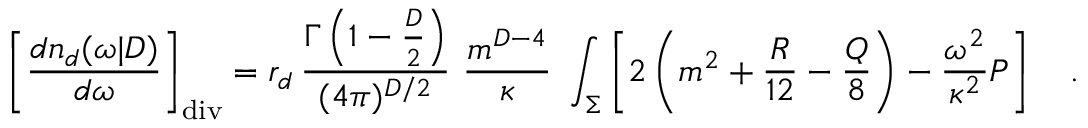
\left[ { \frac { d n _ { d } ( \omega | D ) } { d \omega } } \right] _ { \tiny \mathrm { d i v } } = r _ { d } \, { \frac { \Gamma \left( 1 - \frac D 2 \right) } { ( 4 \pi ) ^ { D / 2 } } } \, \, { \frac { m ^ { D - 4 } } { \kappa } } \, \, \int _ { \Sigma } \left[ 2 \left( m ^ { 2 } + { \frac { R } { 1 2 } } - { \frac { \cal Q } { 8 } } \right) - { \frac { \omega ^ { 2 } } { \kappa ^ { 2 } } } { \cal P } \right] ~ ~ ~ .